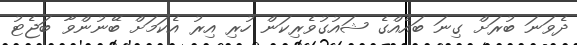
ދެވަނަ ބުރަށް ގިނަ ބައެއްގެ ޝައުގުވެރިކަން ހުރި އިރު އެކަމަށް ބޭނުންވާ ބަޖެޓު